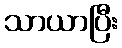
သာယာပြီး